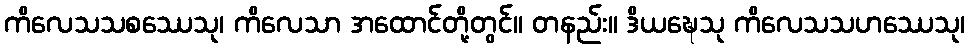
ကိလေသသစဿေသု၊ ကိလေသာ အထောင်တို့တွင်။ တနည်း။ ဒိယဍ္ဎေသု ကိလေသသဟဿေသု၊